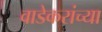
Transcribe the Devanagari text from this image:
वाडेकरांच्या